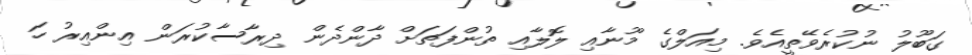
ގަބޫލު ނުކުރެވޭތީއެވެ. މިއަލްގެ މޫނާއި ލޮލާއި ތުންފަތަށް ދާންދެން ދިރާސާކުރަން އިންއިރު ހަ